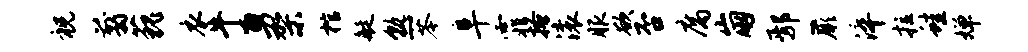
祝翦藐衣牛勇架棺艇熟苓阜霏搔滚服欲否腐崩鄢蕨淬拉蛙婵